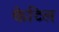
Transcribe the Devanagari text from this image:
केटिल